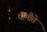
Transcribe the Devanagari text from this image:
पीमौते